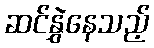
ဆင်နွှဲနေသည့်